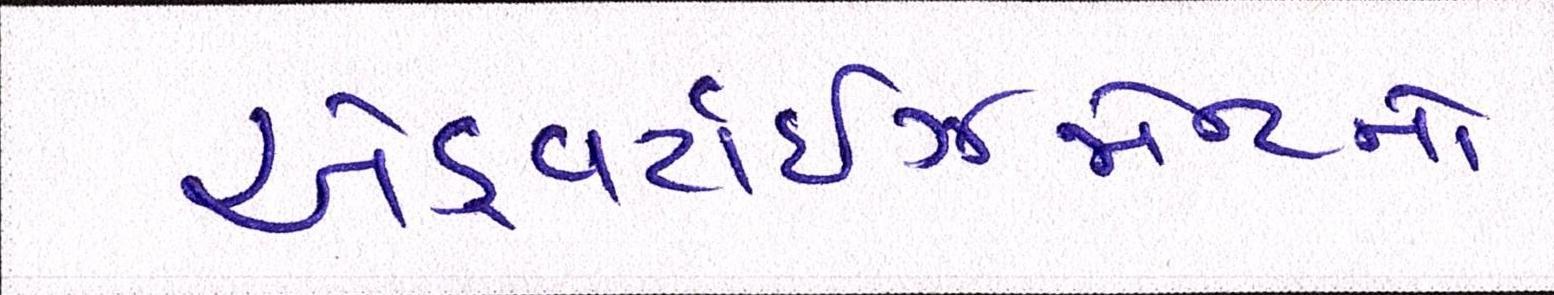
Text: એડ્વર્ટાઇઝમેન્ટનો